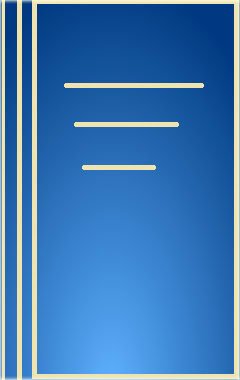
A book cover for Gilbert Collection of Gold and Silver; Timothy B. Schroder; Crafts, Hobbies & Home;